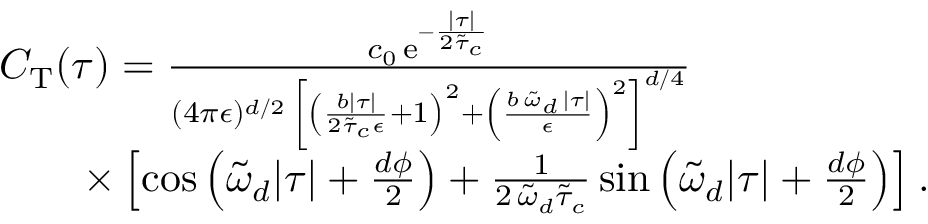
\begin{array} { r l } & { C _ { \mathrm { T } } ( \tau ) = \frac { c _ { 0 } \, \mathrm { e } ^ { - \frac { \lvert \tau \rvert } { 2 \tilde { \tau } _ { c } } } } { ( 4 \pi \epsilon ) ^ { d / 2 } \, \left[ \left( \frac { b \lvert \tau \rvert } { 2 \tilde { \tau } _ { c } \epsilon } + 1 \right) ^ { 2 } + \left( \frac { b \, \tilde { \omega } _ { d } \, \lvert \tau \rvert } { \epsilon } \right) ^ { 2 } \right] ^ { d / 4 } } \, } \\ & { \quad \quad \times \left[ \cos \left( \tilde { \omega } _ { d } \lvert \tau \rvert + \frac { d \phi } { 2 } \right) + \frac { 1 } { 2 \, \tilde { \omega } _ { d } \tilde { \tau } _ { c } } \sin \left( \tilde { \omega } _ { d } \lvert \tau \rvert + \frac { d \phi } { 2 } \right) \right] . } \end{array}